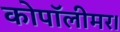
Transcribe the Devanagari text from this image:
कोपॉलीमर।